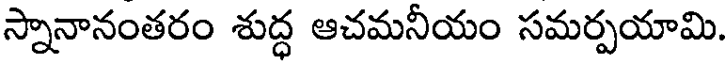
స్నానానంతరం శుద్ధ ఆచమనీయం సమర్పయామి.